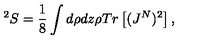
^ 2 S = \frac { 1 } { 8 } \int d \rho d z \rho T r \left[ ( J ^ { N } ) ^ { 2 } \right] ,